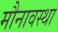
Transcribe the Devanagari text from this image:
मौनावस्था